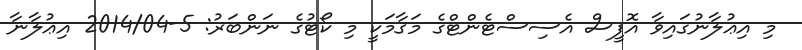
މި އިޢުލާނުގައިވާ އޮފީސް އެސިސްޓެންޓްގެ މަޤާމަކީ މި ކޯޓުގެ ނަންބަރު: 5-2014/04 އިޢުލާނާ